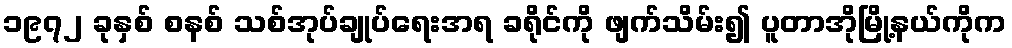
၁၉၇၂ ခုနှစ် စနစ် သစ်အုပ်ချုပ်ရေးအရ ခရိုင်ကို ဖျက်သိမ်း၍ ပူတာအိုမြို့နယ်ကိုက